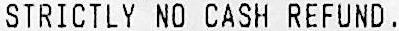
STRICTLY NO CASH REFUND.